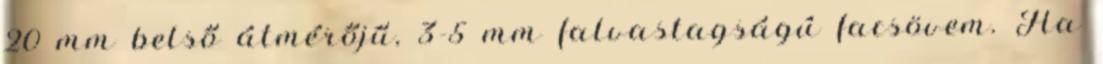
20 mm belső átmérőjű, 3-5 mm falvastagságú facsövem. Ha